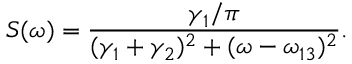
S ( \omega ) = \frac { \gamma _ { 1 } / \pi } { ( \gamma _ { 1 } + \gamma _ { 2 } ) ^ { 2 } + ( \omega - \omega _ { 1 3 } ) ^ { 2 } } .